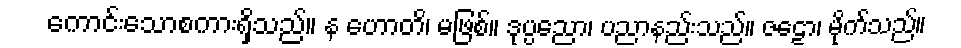
ကောင်းသောစကားရှိသည်။ န ဟောတိ၊ မဖြစ်။ ဒုပ္ပညော၊ ပညာနည်းသည်။ ဇဠော၊ မိုက်သည်။